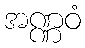
အဏ္ဏဝံ